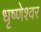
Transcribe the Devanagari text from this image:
धृष्णेश्वर